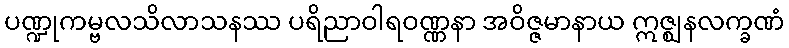
ပဏ္ဍုကမ္ဗလသိလာသနဿ ပရိညာဝါရဝဏ္ဏနာ အဝိဇ္ဇမာနာယ ဣဇ္ဈနလက္ခဏံ